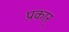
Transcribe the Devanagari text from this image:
प्रकार्